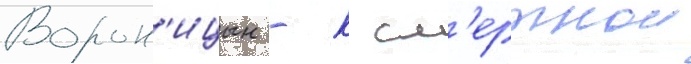
Ворон'ицын - к см'ертнои